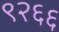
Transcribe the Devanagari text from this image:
९२६६